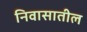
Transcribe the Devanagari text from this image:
निवासातील